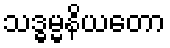
သဒ္ဓမ္မနိယတော